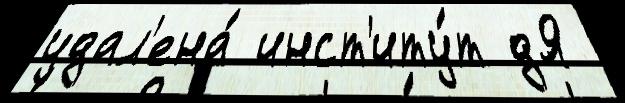
удал'ена́ инст'иту́т дЯ